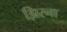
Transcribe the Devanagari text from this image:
झिरना